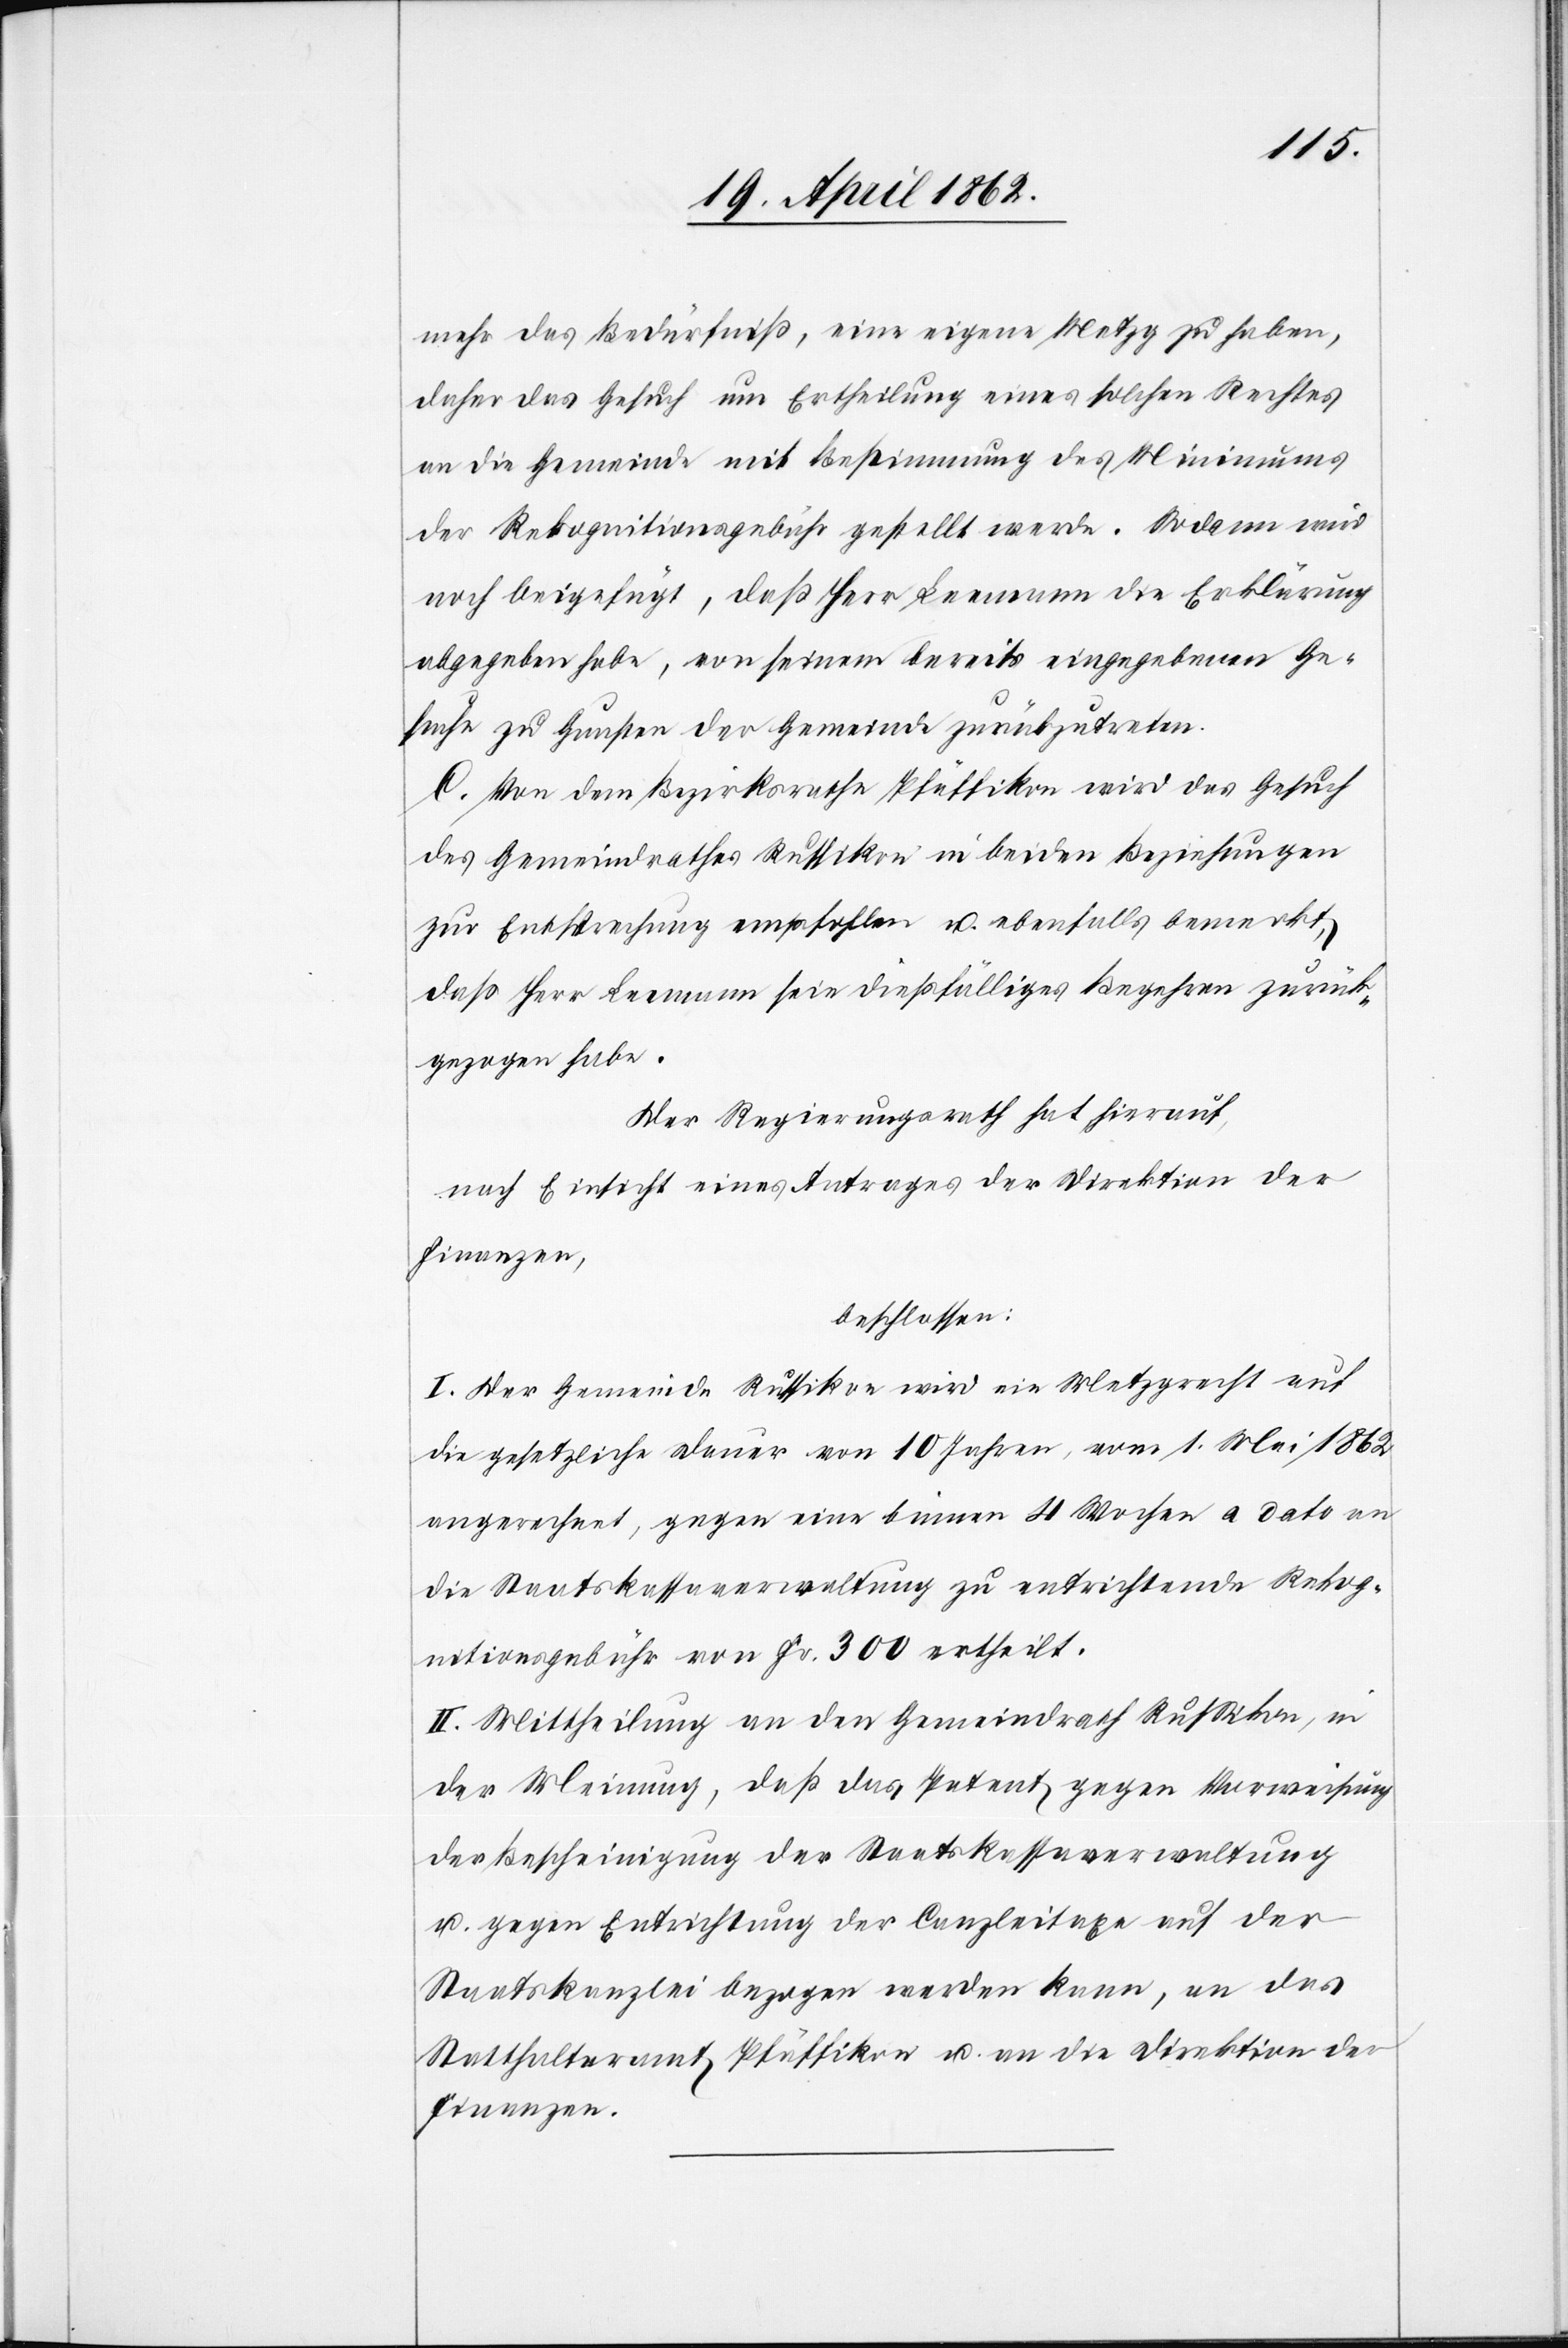
mehr das Bedürfniß, eine eigene Metzg zu haben,
daher das Gesuch um Ertheilung eines solchen Rechtes
an die Gemeinde mit Bestimmung des Minimums
der Rekognitionsgebühr gestellt werde. Sodann wird
noch beigefügt, daß Herr Leemann die Erklärung
abgegeben habe, von seinem bereits eingegebenen Ge¬
suche zu Gunsten der Gemeinde zurückzutreten.
C. Von dem Bezirksrathe Pfäffikon wird das Gesuch
des Gemeindrathes Russikon in beiden Beziehungen
zur Entsprechung empfohlen u. ebenfalls bemerkt,
daß Herr Leemann sein dießfälliges Begehren zurück¬
gezogen habe.
Der Regierungsrath hat hierauf,
nach Einsicht eines Antrages der Direktion der
Finanzen,
beschlossen:
I. Der Gemeinde Russikon wird ein Metzgrecht auf
die gesetzliche Dauer von 10 Jahren, vom 1. Mai 1862
angerechnet, gegen eine binnen 4 Wochen a dato an
die Staatskassaverwaltung zu entrichtende Rekog¬
nitionsgebühr von Fr. 300 ertheilt.
II. Mittheilung an den Gemeindrath Russikon, in
der Meinung, daß das Patent gegen Vorweisung
der Bescheinigung der Staatskassaverwaltung
u. gegen Entrichtung der Canzleitaxe auf der
Staatskanzlei bezogen werden kann, an das
Statthalteramt Pfäffikon u. an die Direktion der
Finanzen.